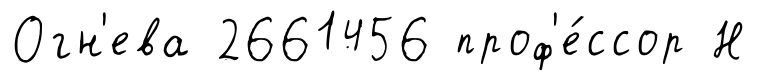
Огн'ева 2661456 проф'е́ссор Н